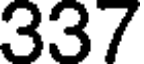
337